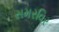
સમરવિર